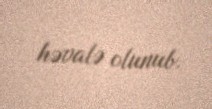
həvalə olunub.